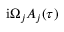
\mathrm { i } \Omega _ { j } A _ { j } ( \tau )